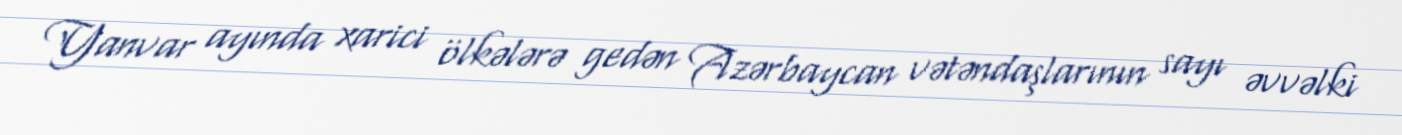
Yanvar ayında xarici ölkələrə gedən Azərbaycan vətəndaşlarının sayı əvvəlki